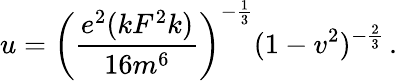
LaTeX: u=\left(\frac{e^{2}(kF^{2}k)}{16m^{6}}\right)^{-\frac{1}{3}}(1-v^{2})^{-\frac{2}{3}}\, .